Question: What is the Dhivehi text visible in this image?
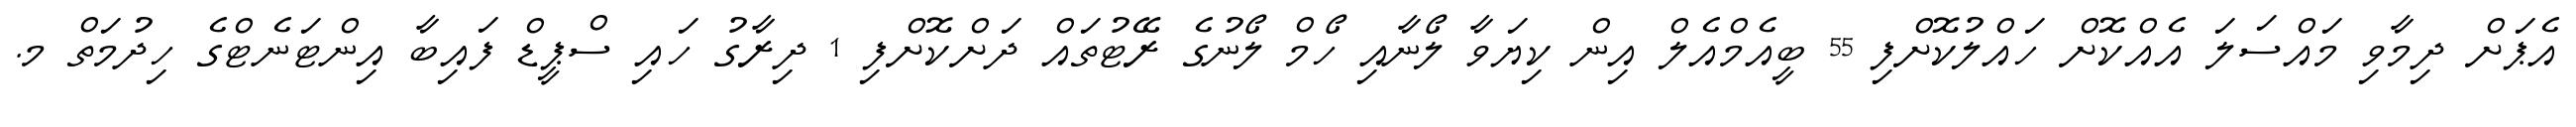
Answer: އެޕަށް ދިމާވި މައްސަލަ އެއްކޮށް ހައްލުކޮށްފި 55 ބީއެމްއެލް އިން ކިޔަވާ ލޯނާއި ހޯމް ލޯނުގެ ރޭޓުތައް ދަށްކޮށްފި 1 ދިރާގު ހައި ސްޕީޑް ފައިބާ އިންޓަނެޓްގެ ހިދުމަތް މ.